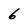
Character: 6